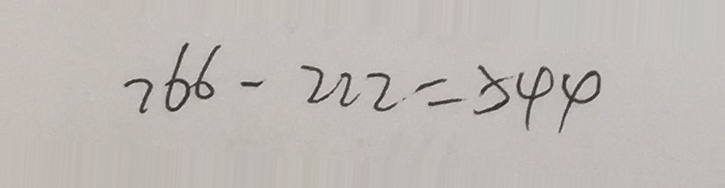
7 6 6 - 2 2 2 = 5 4 4